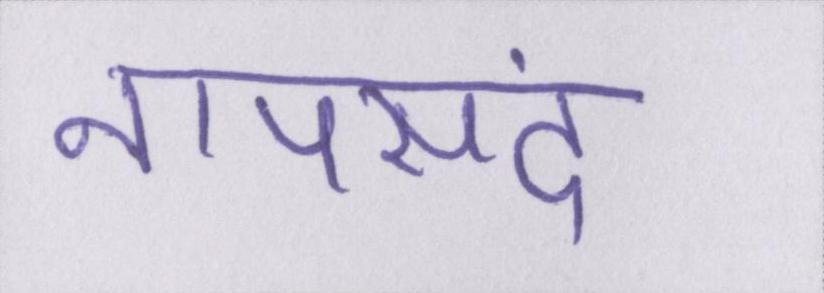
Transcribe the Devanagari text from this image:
नापसंद